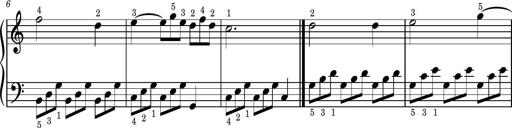
Title: Easy Progressive Lessons and 4 Sonatinas
Composer: Thomas Attwood